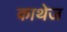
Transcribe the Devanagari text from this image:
काथेज